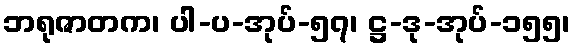
ဘရုဇာတက၊ ပါ-ပ-အုပ်-၅၇၊ ဋ္ဌ-ဒု-အုပ်-၁၅၅၊